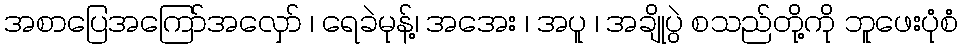
အစာပြေအကြော်အလှော် ၊ ရေခဲမုန့်၊ အအေး ၊ အပူ ၊ အချိုပွဲ စသည်တို့ကို ဘူဖေးပုံစံ